Report of the Indian Hemp Drugs Commission, 1894-1895 - Volume VII
Year: 1894
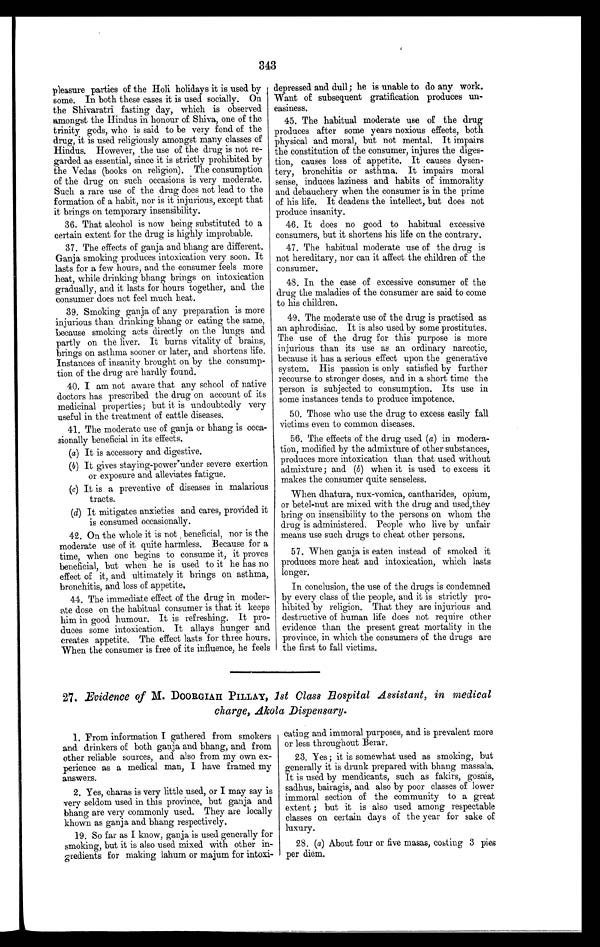
343
pleasure parties of the Holi holidays it is used by
some. In both these cases it is used socially. On
the Shivaratri fasting day, which is observed
amongst the Hindus in honour of Shiva, one of the
trinity gods, who is said to be very fond of the
drug, it is used religiously amongst many classes of
Hindus. However, the use of the drug is not re-
garded as essential, since it is strictly prohibited by
the Vedas (books on religion). The consumption
of the drug on such occasions is very moderate.
Such a rare use of the drug does not lead to the
formation of a habit, nor is it injurious, except that
it brings on temporary insensibility.
36. That alcohol is now being substituted to a
certain extent for the drug is highly improbable.
37. The effects of ganja and bhang are different.
Ganja smoking produces intoxication very soon. It
lasts for a few hours, and the consumer feels more
heat, while drinking bhang brings on intoxication
gradually, and it lasts for hours together, and the
consumer does not feel much heat.
39. Smoking ganja of any preparation is more
injurious than drinking bhang or eating the same,
because smoking acts directly on the lungs and
partly on the liver. It burns vitality of brains,
brings on asthma sooner or later, and shortens life.
Instances of insanity brought on by the consump-
tion of the drug are hardly found.
40. I am not aware that any school of native
doctors has prescribed the drug on account of its
medicinal properties; but it is undoubtedly very
useful in the treatment of cattle diseases.
41. The moderate use of ganja or bhang is occa-
sionally beneficial in its effects.
(a) It is accessory and digestive.
(b) It gives staying-power under severe exertion
or exposure and alleviates fatigue.
(c) It is a preventive of diseases in malarious
tracts.
(d)It mitigates anxieties and cares, provided it
is consumed occasionally.
42. On the whole it is not beneficial, nor is the
moderate use of it quite harmless. Because for a
time, when one begins to consume it, it proves
beneficial, but when he is used to it he has no
effect of it, and ultimately it brings on asthma,
bronchitis, and loss of appetite,
44. The immediate effect of the drug in moder-
ate dose on the habitual consumer is that it keeps
him in good humour. It is refreshing. It pro-
duces some intoxication. It allays hunger and
creates appetite. The effect lasts for three hours.
When the consumer is free of its influence, he feels
depressed and dull; he is unable to do any work.
Want of subsequent gratification produces un-
easiness.
45. The habitual moderate use of the drug
produces after some years noxious effects, both
physical and moral, but not mental. It impairs
the constitution of the consumer, injures the diges-
tion, causes loss of appetite. It causes dysen-
tery, bronchitis or asthma. It impairs moral
sense, induces laziness and habits of immorality
and debauchery when the consumer is in the prime
of his life. It deadens the intellect, but does not
produce insanity.
46. It does no good to habitual excessive
consumers, but it shortens his life on the contrary.
47. The habitual moderate use of the drug is
not hereditary, nor can it affect the children of the
consumer.
48. In the case of excessive consumer of the
drug the maladies of the consumer are said to come
to his children.
49. The moderate use of the drug is practised as
an aphrodisiac. It is also used by some prostitutes.
The use of the drug for this purpose is more
injurious than its use as an ordinary narcotic,
because it has a serious effect upon the generative
system. His passion is only satisfied by further
recourse to stronger doses, and in a short time the
person is subjected to consumption. Its use in
some instances tends to produce impotence.
50. Those who use the drug to excess easily fall
victims even to common diseases.
56. The effects of the drug used (a) in modera-
tion, modified by the admixture of other substances,
produces more intoxication than that used without
admixture; and (b) when it is used to excess it
makes the consumer quite senseless.
When dhatura, nux-voraica, cantharides, opium,
or betel-nut are mixed with the drug and used,they
bring on insensibility to the persons on whom the
drug is administered. People who live by unfair
means use such drugs to cheat other persons.
57. When ganja is eaten instead of smoked it
produces more heat and intoxication, which lasts
longer.
In conclusion, the use of the drugs is condemned
by every class of the people, and it is strictly pro-
hibited by religion. That they are injurious and
destructive of human life does not require other
evidence than the present great mortality in the
province, in which the consumers of the drugs are
the first to fall victims.
27. Evidence of M. DOORGIAH PILLAY, 1st Class Hospital Assistant, in medical
charge, AKola Dispensary.
1. From information I gathered from smokers
and drinkers of both ganja and bhang, and from
other reliable sources, and also from my own ex-
perience as a medical man, I have framed my
answers.
2. Yes, charas is very little used, or I may say is
very seldom used in this province, but ganja and
bhang are very commonly used. They are locally
khown as ganja and bhang respectively.
19. So far as I know, ganja is used generally for
smoking, but it is also used mixed with other in-
gredients for making lahum or majum for intoxi-
eating and immoral purposes, and is prevalent more
or less throughout Berar.
23. Yes ; it is somewhat used as smoking, but
generally it is drunk prepared with bhang massala.
It is used by mendicants, such as fakirs, gosais,
sadhus, bairagis, and also by poor classes of lower
immoral section of the community to a great
extent ; but it is also used among respectable
classes on certain days of the year for sake of
luxury.
28. (a) About four or five masas, costing 3 pies
per diem.